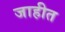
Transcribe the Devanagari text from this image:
जाहीत